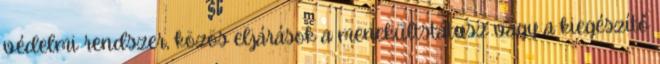
védelmi rendszer, közös eljárások a menekültstátusz vagy a kiegészítő